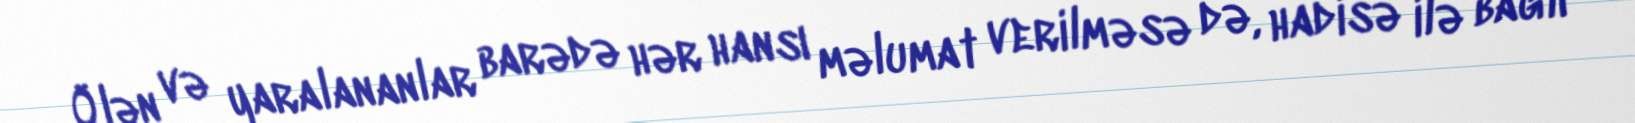
Ölən və yaralananlar barədə hər hansı məlumat verilməsə də, hadisə ilə bağlı